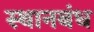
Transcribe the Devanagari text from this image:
स्थानबंध